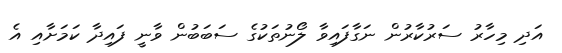
އަދި މިހާރު ސަރުކާރުން ނަގާފައިވާ ލޯނުތަކުގެ ސަބަބުން ވާނީ ފައިދާ ކަމަށާއި އެ